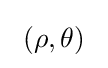
\ \left(\rho ,\theta \right)~